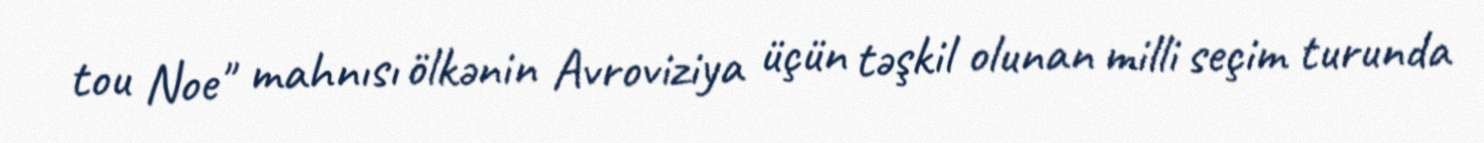
tou Noe" mahnısı ölkənin Avroviziya üçün təşkil olunan milli seçim turunda